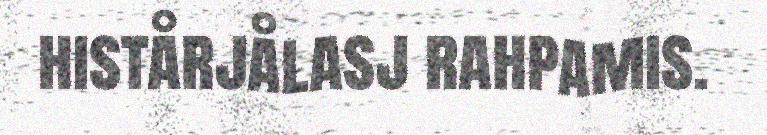
histårjålasj rahpamis.